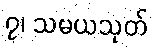
၇၊ သမယသုတ်